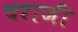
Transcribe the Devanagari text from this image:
पराणी